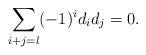
LaTeX: \begin{align*} \sum_{i+j=l} (-1)^i d_id_j=0. \end{align*}